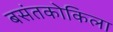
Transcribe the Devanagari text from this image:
बसंतकोकिला